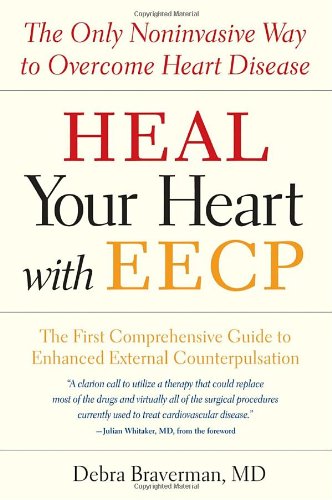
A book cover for Heal Your Heart with EECP: The Only Noninvasive Way to Overcome Heart Disease; Debra Braverman; Health, Fitness & Dieting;